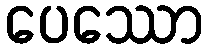
ပေဿော